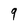
Character: 9